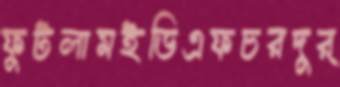
ফুটলামইডিএফচরদুর্